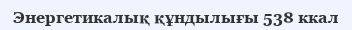
Энергетикалық құндылығы 538 ккал